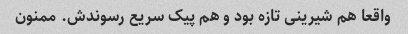
واقعا هم شیرینی تازه بود و هم پیک سریع رسوندش. ممنون